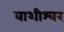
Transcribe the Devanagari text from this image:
वाशीश्वर